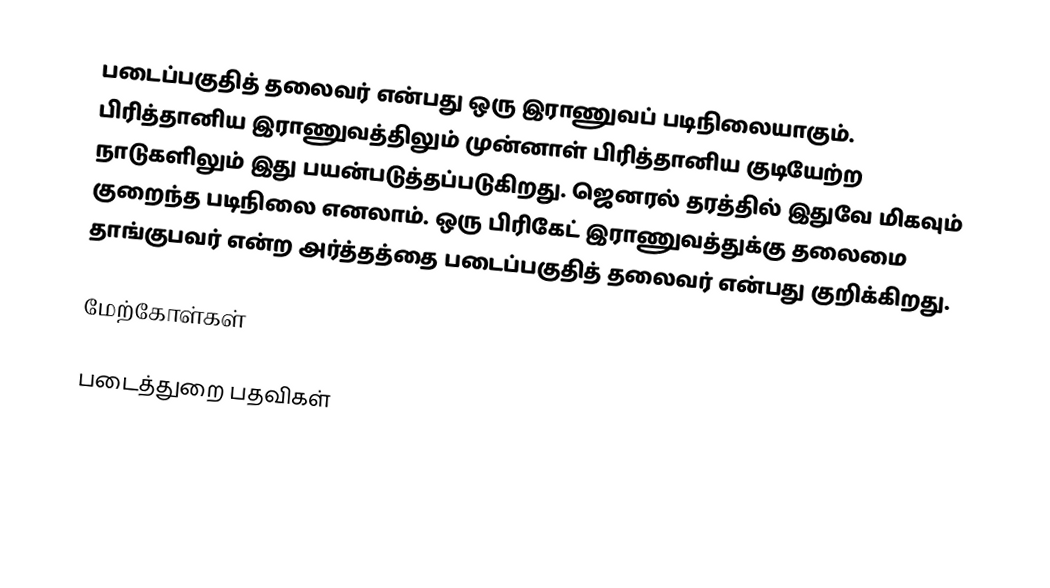
படைப்பகுதித் தலைவர் என்பது ஒரு இராணுவப் படிநிலையாகும். பிரித்தானிய இராணுவத்திலும் முன்னாள் பிரித்தானிய குடியேற்ற நாடுகளிலும் இது பயன்படுத்தப்படுகிறது. ஜெனரல் தரத்தில் இதுவே மிகவும் குறைந்த படிநிலை எனலாம். ஒரு பிரிகேட் இராணுவத்துக்கு தலைமை தாங்குபவர் என்ற அர்த்தத்தை படைப்பகுதித் தலைவர் என்பது குறிக்கிறது.

மேற்கோள்கள்

படைத்துறை பதவிகள்